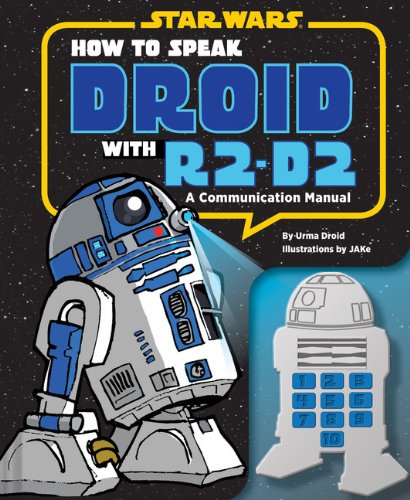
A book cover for How to Speak Droid with R2-D2: A Communication Manual (Star Wars); Urma Droid; Humor & Entertainment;